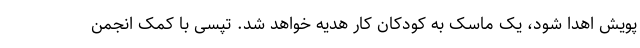
پویش اهدا شود، یک ماسک به کودکان کار هدیه خواهد شد. تپسی با کمک انجمن